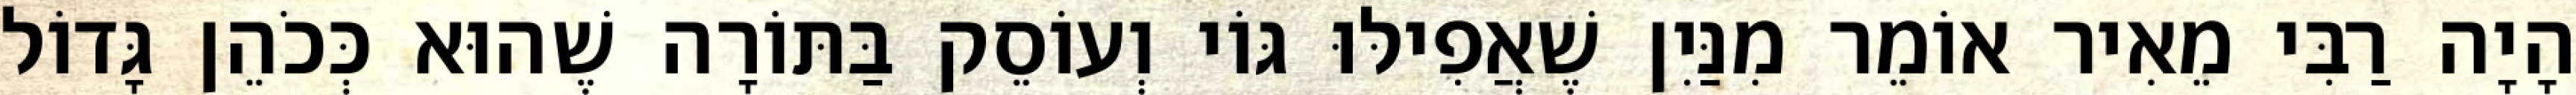
הָיָה רַבִּי מֵאִיר אוֹמֵר מִנַּיִן שֶׁאֲפִילּוּ גּוֹי וְעוֹסֵק בַּתּוֹרָה שֶׁהוּא כְּכֹהֵן גָּדוֹל